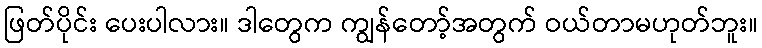
ဖြတ်ပိုင်း ပေးပါလား။ ဒါတွေက ကျွန်တော့်အတွက် ဝယ်တာမဟုတ်ဘူး။